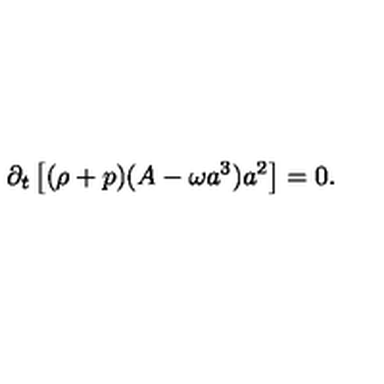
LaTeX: \partial _ { t } \left[ ( \rho + p ) ( A - \omega a ^ { 3 } ) a ^ { 2 } \right] = 0 .